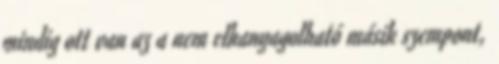
mindig ott van az a nem elhanyagolható másik szempont,